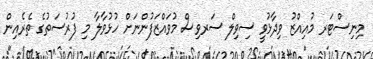
މިނިސްޓަރ މުއިއްޒު ވިދާޅުވީ ސިވިލް ސަރވިސް މުވައްޒަފުންނަށް ހުޅުވާލާ މި ފުރުސަތުގެ ތެރެއިން